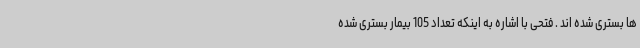
ها بستری شده اند . فتحی با اشاره به اینکه تعداد 105 بیمار بستری شده